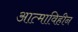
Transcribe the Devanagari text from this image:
आत्माविहीन